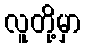
လူတို့မှာ